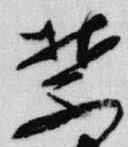
禁